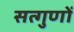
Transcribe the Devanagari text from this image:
सत्गुणों